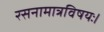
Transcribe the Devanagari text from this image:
रसनामात्रविषयः।